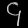
Digit: ၄